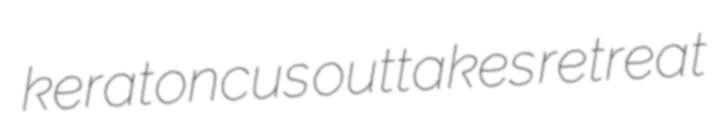
keratoncus outtakes retreat